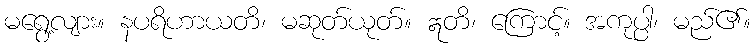
မရွေ့လျား။ နပရိဟာယတိ၊ မဆုတ်ယုတ်။ ဣတိ၊ ကြောင့်။ အကုပ္ပါ၊ မည်၏။